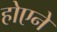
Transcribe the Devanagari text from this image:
होएने